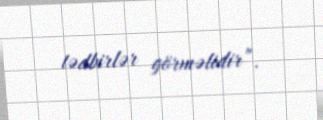
tədbirlər görməlidir”.